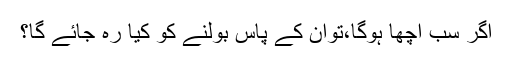
اگر سب اچھا ہوگا،توان کے پاس بولنے کو کیا رہ جائے گا؟